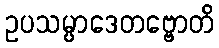
ဥပသမ္ပာဒေတဗ္ဗောတိ